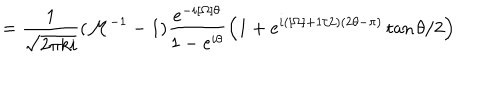
= \frac { 1 } { \sqrt { 2 \pi k i } } ( { \cal M } ^ { - 1 } - 1 ) \frac { e ^ { - i [ \Omega ] \theta } } { 1 - e ^ { i \theta } } \left( 1 + e ^ { i \left( [ \Omega ] + 1 / 2 \right) ( 2 \theta - \pi ) } \tan \theta / 2 \right)